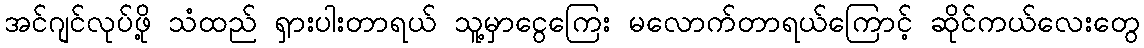
အင်ဂျင်လုပ်ဖို့ သံထည် ရှားပါးတာရယ် သူ့မှာငွေကြေး မလောက်တာရယ်ကြောင့် ဆိုင်ကယ်လေးတွေ